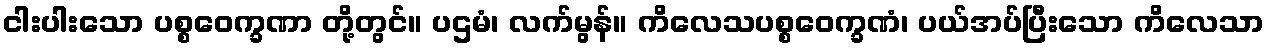
ငါးပါးသော ပစ္စဝေက္ခဏာ တို့တွင်။ ပဌမံ၊ လက်မွန်။ ကိလေသပစ္စဝေက္ခဏံ၊ ပယ်အပ်ပြီးသော ကိလေသာ